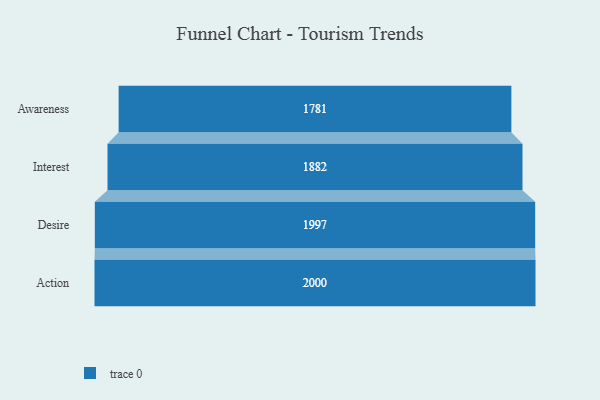
{"axis": {"x": "Stage", "y": "Value"}, "legend": [""], "data": [{"x": "Awareness", "y": 1781.0, "type": ""}, {"x": "Interest", "y": 1882.0, "type": ""}, {"x": "Desire", "y": 1997.0, "type": ""}, {"x": "Action", "y": 2000, "type": ""}]}